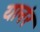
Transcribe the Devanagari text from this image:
यानंर